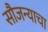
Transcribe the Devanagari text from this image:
सौजन्याचा